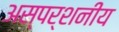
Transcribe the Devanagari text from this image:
अस्पर्शनीय